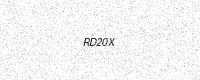
Text: RD20X